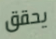
يحقق